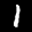
Label: 1